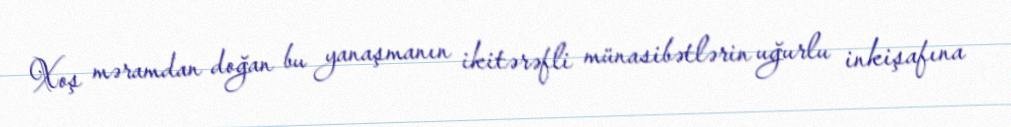
Xoş məramdan doğan bu yanaşmanın ikitərəfli münasibətlərin uğurlu inkişafına